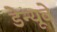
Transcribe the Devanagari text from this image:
डेन्यूवे